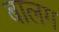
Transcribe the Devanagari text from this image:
बालग